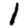
Digit: 1